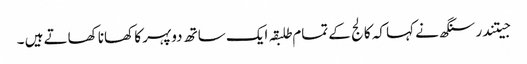
جیتندر سنگھ نے کہا کہ کالج کے تمام طلبقہ ایک ساتھ دوپہر کا کھانا کھاتے ہیں ۔